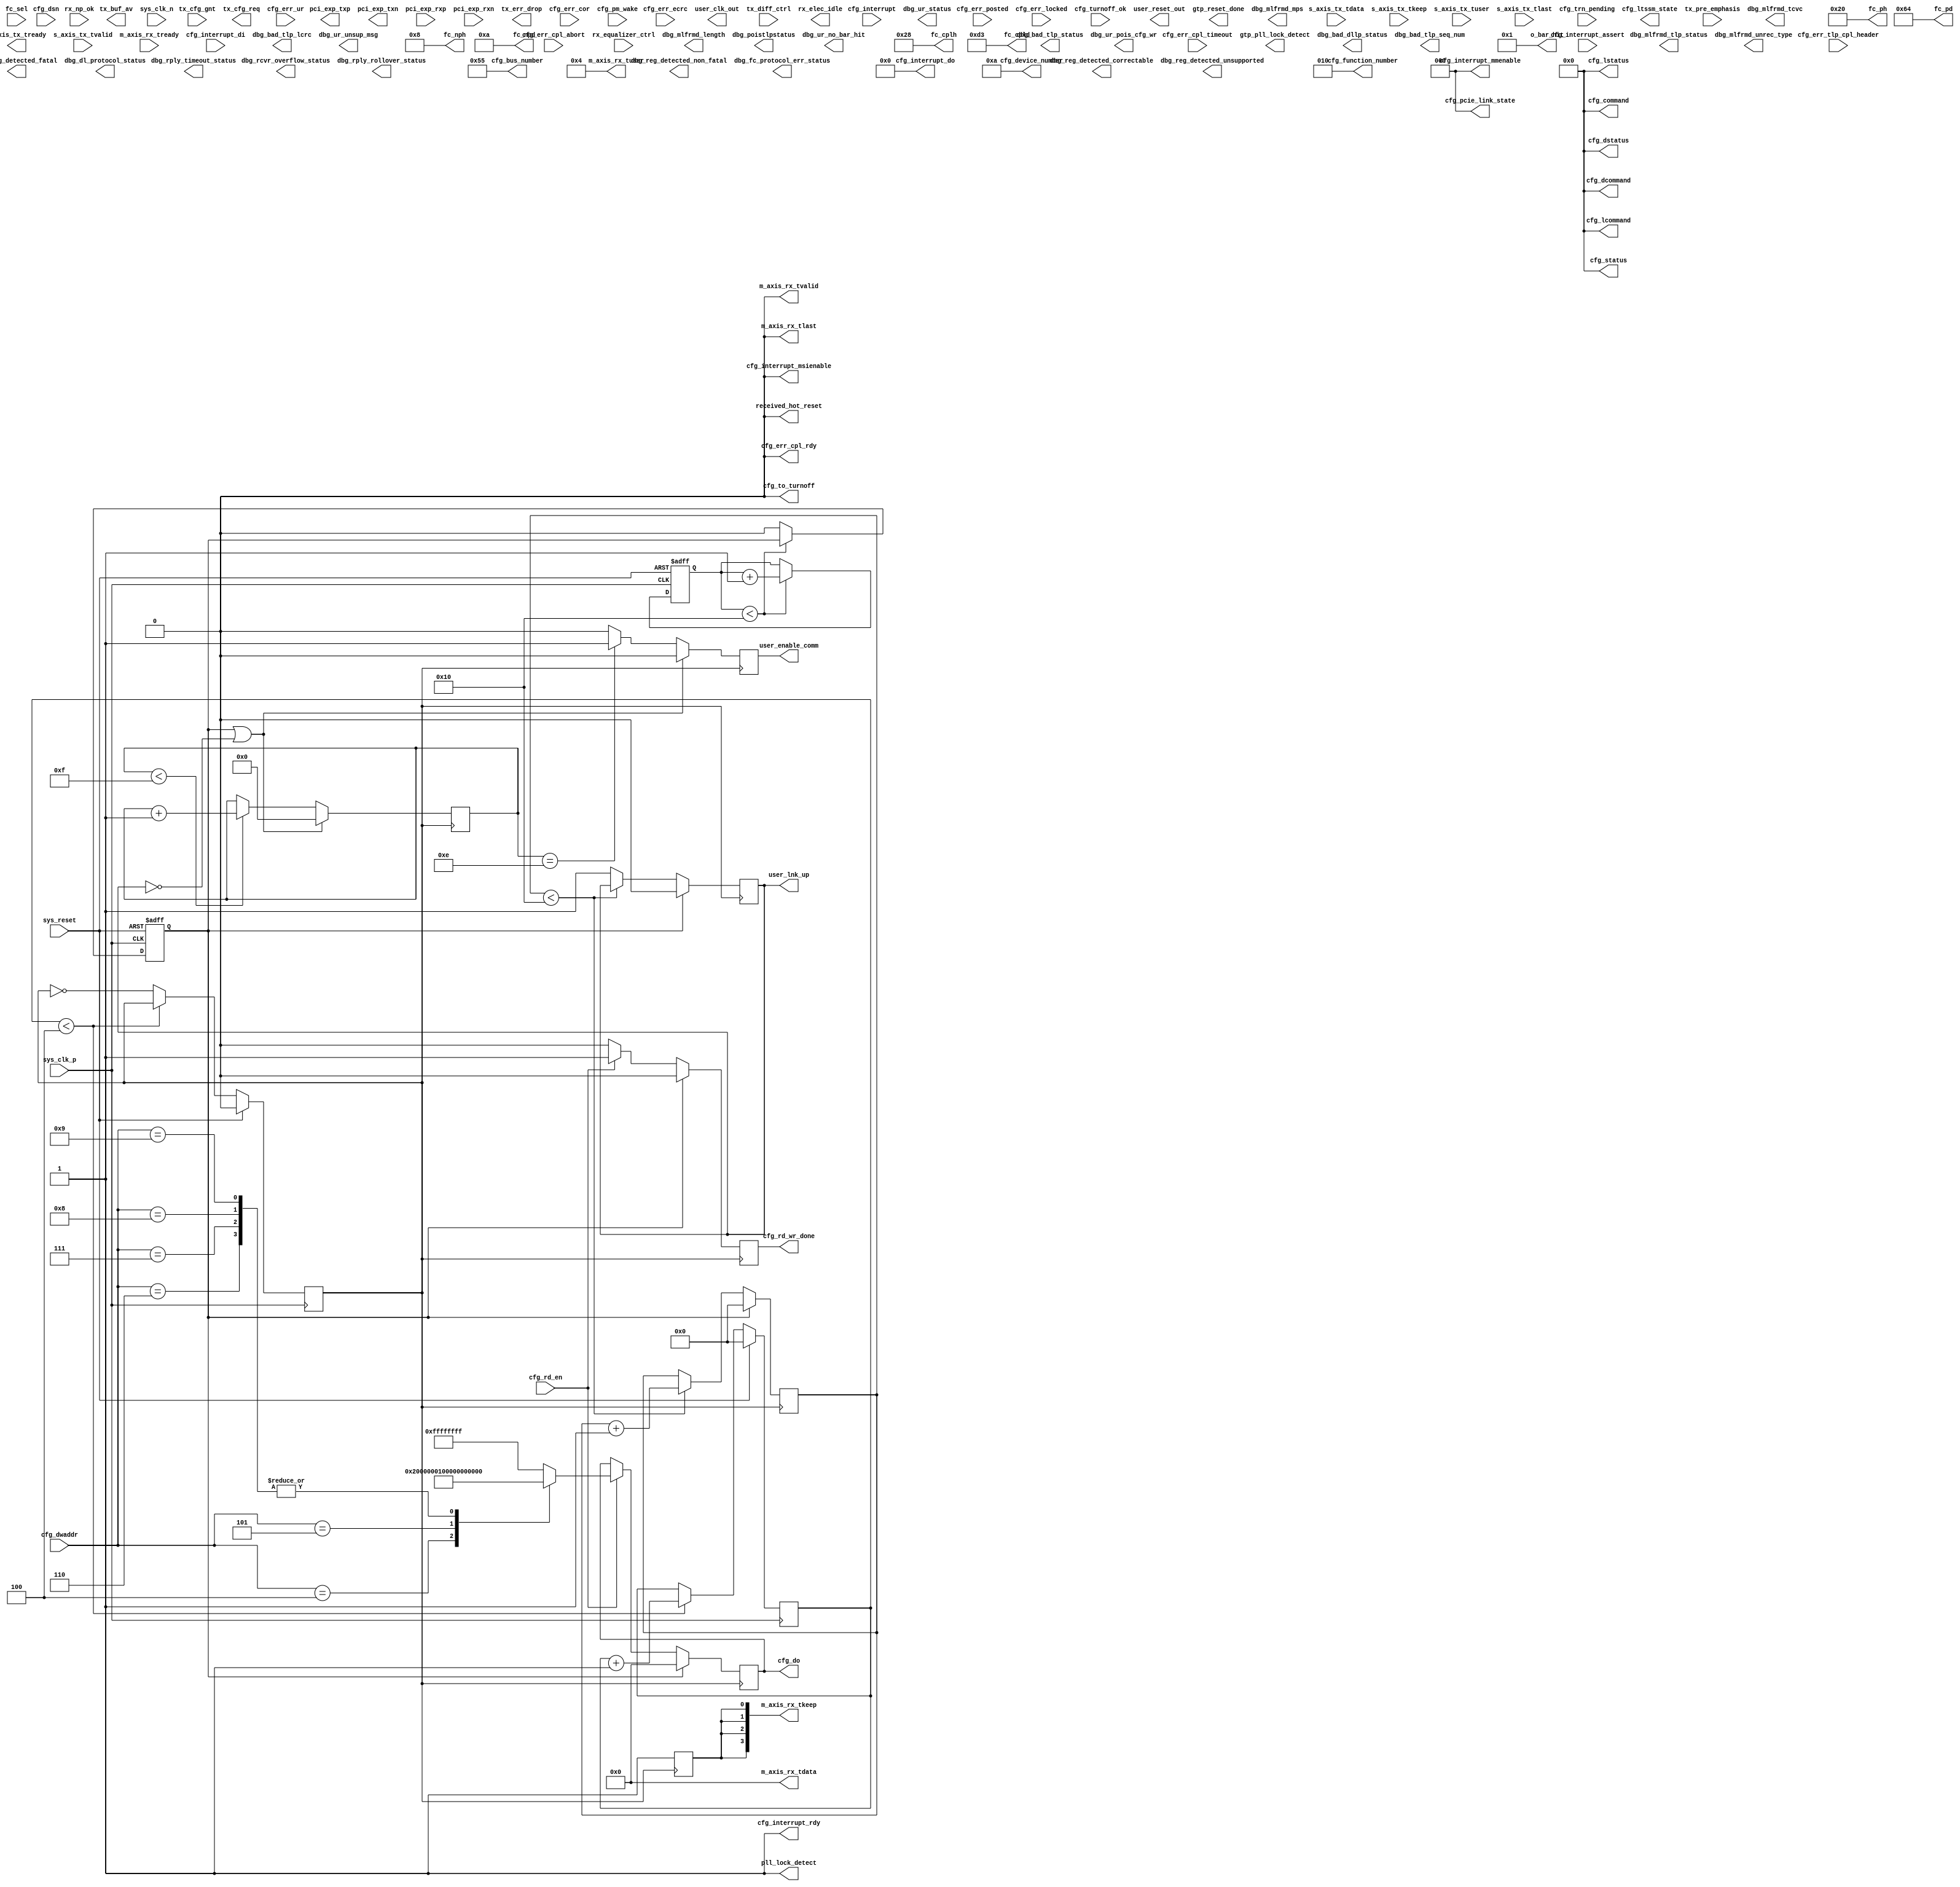
module sim_pcie_axi_bridge #(
  parameter PCIE_BUS_NUM                              = 8'h55,
  parameter PCIE_DEV_NUM                              = 5'hA,
  parameter PCIE_FUN_NUM                              = 3'h2,
  parameter USR_CLK_DIVIDE                            = 4,
  parameter   [6:0] VC0_TOTAL_CREDITS_PH              = 32,
  parameter  [10:0] VC0_TOTAL_CREDITS_PD              = 211,
  parameter   [6:0] VC0_TOTAL_CREDITS_NPH             = 8,
  parameter   [6:0] VC0_TOTAL_CREDITS_CH              = 40,
  //parameter   [6:0] VC0_TOTAL_CREDITS_CH              = 9,
  parameter  [10:0] VC0_TOTAL_CREDITS_CD              = 211
)(
  // PCI Express Fabric Interface
  output                    pci_exp_txp,  //Not Applicable
  output                    pci_exp_txn,  //Not Applicable
  input                     pci_exp_rxp,  //Not Applicable
  input                     pci_exp_rxn,  //Not Applicable
  // Transaction (TRN) Interface
  output  reg               user_lnk_up,  //Finished
  // Tx
  output  reg               s_axis_tx_tready, //SIM: Not Finished
  input       [31:0]        s_axis_tx_tdata,  //SIM: Not Finished
  input       [3:0]         s_axis_tx_tkeep,  //SIM: Not Finished
  input       [3:0]         s_axis_tx_tuser,  //SIM: Not Finished
  input                     s_axis_tx_tlast,  //SIM: Not Finished
  input                     s_axis_tx_tvalid, //SIM: Not Finished
  output  reg [5:0]         tx_buf_av,
  output  reg               tx_err_drop,
  input                     tx_cfg_gnt,
  output  reg               tx_cfg_req,
  output  reg               user_enable_comm, //SIM: Not Finished
  // Rx
  output  reg [31:0]        m_axis_rx_tdata = 32'h00000000,
  output  reg [3:0]         m_axis_rx_tkeep = 4'b1111,
  output  reg               m_axis_rx_tlast = 1'b0,
  output  reg               m_axis_rx_tvalid = 1'b0,
  input                     m_axis_rx_tready,
  output      [21:0]        m_axis_rx_tuser,
  input                     rx_np_ok,         //SIM: Not Finished
  // Flow Control
  input       [2:0]         fc_sel,
  output      [7:0]         fc_nph,
  output      [11:0]        fc_npd,
  output      [7:0]         fc_ph,
  output      [11:0]        fc_pd,
  output      [7:0]         fc_cplh,
  output      [11:0]        fc_cpld,
  // Host (CFG) Interface
  output  reg [31:0]        cfg_do,           //SIM: Finished
  output  reg               cfg_rd_wr_done,   //SIM: Finished
  input       [9:0]         cfg_dwaddr,       //SIM: Finished
  input                     cfg_rd_en,        //SIM: Finished
  // Configuration: Error
  input                     cfg_err_ur,
  input                     cfg_err_cor,
  input                     cfg_err_ecrc,
  input                     cfg_err_cpl_timeout,
  input                     cfg_err_cpl_abort,
  input                     cfg_err_posted,
  input                     cfg_err_locked,
  input      [47:0]         cfg_err_tlp_cpl_header,
  output                    cfg_err_cpl_rdy,
  // Conifguration: Interrupt
  input                     cfg_interrupt,
  output  reg               cfg_interrupt_rdy = 1,
  input                     cfg_interrupt_assert,
  output  reg [7:0]         cfg_interrupt_do  = 0,
  input       [7:0]         cfg_interrupt_di,
  output  reg [2:0]         cfg_interrupt_mmenable = 0,
  output  reg               cfg_interrupt_msienable = 0,
  // Configuration: Power Management
  input                     cfg_turnoff_ok,       //Not Applicable
  output                    cfg_to_turnoff,       //Not Applicable
  input                     cfg_pm_wake,          //Not Applicable
  //Core Controller
  // Configuration: System/Status
  output      [2:0]         cfg_pcie_link_state,  //Not Applicable
  input                     cfg_trn_pending,
  input       [63:0]        cfg_dsn,
  output      [7:0]         cfg_bus_number,
  output      [4:0]         cfg_device_number,
  output      [2:0]         cfg_function_number,
  output      [15:0]        cfg_status,
  output      [15:0]        cfg_command,
  output      [15:0]        cfg_dstatus,
  output      [15:0]        cfg_dcommand,
  output      [15:0]        cfg_lstatus,
  output      [15:0]        cfg_lcommand,
  // System Interface
  input                     sys_clk_p,
  input                     sys_clk_n,
  input                     sys_reset,
  output                    user_clk_out,
  output                    user_reset_out,
  output                    received_hot_reset,
  // Not Finished
  output                    pll_lock_detect,
  output                    gtp_pll_lock_detect,
  output                    gtp_reset_done,
  output      [4:0]         cfg_ltssm_state,
  input       [1:0]         rx_equalizer_ctrl,
  input       [3:0]         tx_diff_ctrl,
  input       [2:0]         tx_pre_emphasis,
  output      [6:0]         o_bar_hit,
  output                    dbg_reg_detected_correctable, //Not Applicable
  output                    dbg_reg_detected_fatal,       //Not Applicable
  output                    dbg_reg_detected_non_fatal,   //Not Applicable
  output                    dbg_reg_detected_unsupported, //Not Applicable
  output                    dbg_bad_dllp_status,          //Not Applicable
  output                    dbg_bad_tlp_lcrc,             //Not Applicable
  output                    dbg_bad_tlp_seq_num,          //Not Applicable
  output                    dbg_bad_tlp_status,           //Not Applicable
  output                    dbg_dl_protocol_status,       //Not Applicable
  output                    dbg_fc_protocol_err_status,   //Not Applicable
  output                    dbg_mlfrmd_length,            //Not Applicable
  output                    dbg_mlfrmd_mps,               //Not Applicable
  output                    dbg_mlfrmd_tcvc,              //Not Applicable
  output                    dbg_mlfrmd_tlp_status,        //Not Applicable
  output                    dbg_mlfrmd_unrec_type,        //Not Applicable
  output                    dbg_poistlpstatus,            //Not Applicable
  output                    dbg_rcvr_overflow_status,     //Not Applicable
  output                    dbg_rply_rollover_status,     //Not Applicable
  output                    dbg_rply_timeout_status,      //Not Applicable
  output                    dbg_ur_no_bar_hit,            //Not Applicable
  output                    dbg_ur_pois_cfg_wr,           //Not Applicable
  output                    dbg_ur_status,                //Not Applicable
  output                    dbg_ur_unsup_msg,             //Not Applicable
  output                    rx_elec_idle
);
assign                pll_lock_detect = 1'b1;
//Local Parameters
localparam            RESET_OUT_TIMEOUT   = 32'h00000010;
localparam            LINKUP_TIMEOUT      = 32'h00000010;
localparam            CONTROL_PACKET_SIZE = 128;
localparam            DATA_PACKET_SIZE    = 512;
localparam            F2_PACKET_SIZE      = 0;
localparam            F3_PACKET_SIZE      = 0;
localparam            F4_PACKET_SIZE      = 0;
localparam            F5_PACKET_SIZE      = 0;
localparam            F6_PACKET_SIZE      = 0;
localparam            F7_PACKET_SIZE      = 0;
localparam            CONTROL_FUNCTION_ID = 0;
localparam            DATA_FUNCTION_ID    = 1;
localparam            F2_ID               = 2;
localparam            F3_ID               = 3;
localparam            F4_ID               = 4;
localparam            F5_ID               = 5;
localparam            F6_ID               = 6;
localparam            F7_ID               = 7;
//Registers/Wires
reg           clk = 0;
reg   [23:0]  r_usr_clk_count;
reg           rst = 0;
reg   [23:0]  r_usr_rst_count;
reg   [23:0]  r_linkup_timeout;
reg   [23:0]  r_mcount;
reg   [23:0]  r_scount;
wire  [23:0]  w_func_size_map [0:7];
wire  [23:0]  w_func_size;
//Submodules
//Asynchronous Logic
assign  pcie_exp_txp              = 0;
assign  pcie_exp_txn              = 0;
//assign  user_clk_out              = clk;
//assign  user_reset_out            = rst;
assign  w_func_size_map[CONTROL_FUNCTION_ID ] = CONTROL_PACKET_SIZE;
assign  w_func_size_map[DATA_FUNCTION_ID    ] = DATA_PACKET_SIZE;
assign  w_func_size_map[F2_ID               ] = F2_PACKET_SIZE;
assign  w_func_size_map[F3_ID               ] = F3_PACKET_SIZE;
assign  w_func_size_map[F4_ID               ] = F4_PACKET_SIZE;
assign  w_func_size_map[F5_ID               ] = F5_PACKET_SIZE;
assign  w_func_size_map[F6_ID               ] = F6_PACKET_SIZE;
assign  w_func_size_map[F7_ID               ] = F7_PACKET_SIZE;
assign  w_func_size               = w_func_size_map[cfg_function_number];
//TODO
assign  received_hot_reset        = 0;
//  input       [2:0]         fc_sel,
assign  fc_nph      = VC0_TOTAL_CREDITS_NPH;
assign  fc_npd      = 10;
assign  fc_ph       = VC0_TOTAL_CREDITS_PH;
assign  fc_pd       = 100;
assign  fc_cplh     = VC0_TOTAL_CREDITS_CH;
assign  fc_cpld     = VC0_TOTAL_CREDITS_CD;
assign  cfg_err_cpl_rdy           = 0;
//assign  cfg_interrupt_rdy         = 0;
//assign  cfg_interrupt_do          = 0;
//assign  cfg_interrupt_mmenable    = 0;
//assign  cfg_interrupt_msienable   = 0;
assign  cfg_to_turnoff            = 0;
assign  cfg_pcie_link_state       = 0;
assign  cfg_status                = 0;
assign  cfg_command               = 0;
assign  cfg_dstatus               = 0;
assign  cfg_dcommand              = 0;
assign  cfg_lstatus               = 0;
assign  cfg_lcommand              = 0;
//Synchronous Logic
//Generate clock
always @ (posedge sys_clk_p) begin
  if (sys_reset) begin
    clk               <=  0;
    r_usr_clk_count   <=  0;
  end
  else begin
    if (r_usr_clk_count < USR_CLK_DIVIDE) begin
      r_usr_clk_count <=  r_usr_clk_count + 1;
    end
    else begin
      clk             <=  ~clk;
    end
  end
end
//Generate Reset Pulse
always @ (posedge sys_clk_p or posedge sys_reset) begin
  if (sys_reset) begin
    rst               <=  1;
    r_usr_rst_count   <=  0;
  end
  else begin
    if (r_usr_rst_count < RESET_OUT_TIMEOUT) begin
      r_usr_rst_count <=  r_usr_rst_count + 1;
    end
    else begin
      rst             <=  0;
    end
  end
end
//Send user a linkup signal
always @ (posedge clk) begin
  if (rst) begin
    r_linkup_timeout    <=  0;
    user_lnk_up         <=  0;
  end
  else begin
    if (r_linkup_timeout < LINKUP_TIMEOUT) begin
      r_linkup_timeout  <=  r_linkup_timeout + 1;
    end
    else begin
      user_lnk_up       <=  1;
    end
  end
end
//Data From PCIE to Core Ggenerator
reg [3:0] dm_state;
localparam  IDLE    = 0;
localparam  READY   = 1;
localparam  WRITE   = 2;
localparam  READ    = 3;
assign  o_bar_hit = 7'h01;
assign  m_axis_rx_tuser   =  {13'h0,
                              o_bar_hit,
                              m_axis_rx_tvalid,
                              1'b0};
assign  cfg_bus_number      = PCIE_BUS_NUM;
assign  cfg_function_number = PCIE_FUN_NUM;
assign  cfg_device_number   = PCIE_DEV_NUM;
always @ (posedge clk) begin
  m_axis_rx_tkeep   <=  4'b1111;
end
/*
always @ (posedge clk) begin
  m_axis_rx_tlast     <=  0;
  m_axis_rx_tvalid    <=  0;
  if (rst) begin
    m_axis_rx_tdata   <=  0;
    dm_state          <=  IDLE;
    m_axis_rx_tkeep   <=  4'b1111;
    r_mcount          <=  0;
  end
  else begin
    //m_axis_rx_tready
    //rx_np_ok
    case (dm_state)
      IDLE: begin
        r_mcount        <=  0;
        dm_state        <=  READY;
        m_axis_rx_tdata <=  0;
      end
      READY: begin
        if (m_axis_rx_tready) begin
          dm_state          <=  WRITE;
        end
      end
      WRITE: begin
        if (m_axis_rx_tvalid) begin
          m_axis_rx_tdata   <=  m_axis_rx_tdata + 1;
        end
        if (r_mcount < w_func_size_map[cfg_function_number]) begin
          m_axis_rx_tvalid  <=  1;
          if (r_mcount >= (w_func_size_map[cfg_function_number] - 1)) begin
            m_axis_rx_tlast <=  1;
          end
          r_mcount          <=  r_mcount + 1;
        end
        else begin
          dm_state          <=  IDLE;
        end
      end
      default: begin
      end
    endcase
  end
end
*/
//Linkup
reg prev_user_lnk_up;
reg [3:0] linkup_count;
always @ (posedge clk) begin
  user_enable_comm    <=  0;
  if (rst || !user_lnk_up) begin
    linkup_count      <=  0;
  end
  else begin
    if (linkup_count < 4'hF) begin
      linkup_count    <=  linkup_count + 1;
    end
    if (linkup_count == 4'hE) begin
      user_enable_comm  <=  1;
    end
  end
end
//Configuration Read
always @ (posedge clk) begin
  cfg_rd_wr_done    <=  0;
  if (rst) begin
    cfg_do          <=  0;
  end
  else begin
    if (cfg_rd_en) begin
      cfg_rd_wr_done  <=  1;
      case (cfg_dwaddr)
        4: cfg_do           <=  32'h00000200;
        5: cfg_do           <=  32'h00001000;
        6: cfg_do           <=  32'h00000000;
        7: cfg_do           <=  32'h00000000;
        8: cfg_do           <=  32'h00000000;
        9: cfg_do           <=  32'h00000000;
        default: cfg_do     <=  32'hFFFFFFFF;
      endcase
    end
  end
end
//AXI Data D2H
//Data From Core to PCIE Reader
/*
reg [3:0] ds_state;
always @ (posedge clk) begin
  s_axis_tx_tready  <=  0;
  if (rst) begin
    //s_axis_tx_tdata
    //s_axis_tx_tkeep
    //s_axis_tx_tuser
    //s_axis_tx_tlast
    //s_axis_tx_tvalid
    tx_buf_av       <=  0;
    tx_err_drop     <=  0;
    //tx_cfg_gnt      <=  0;
    tx_cfg_req      <=  0;
    ds_state        <=  IDLE;
    r_scount        <=  0;
  end
  else begin
    case (ds_state)
      IDLE: begin
        r_scount    <=  0;
        ds_state    <=  READ;
      end
      READ: begin
        if (s_axis_tx_tvalid && (r_scount < w_func_size_map[cfg_function_number])) begin
          s_axis_tx_tready    <=  1;
        end
        else begin
          ds_state  <=  IDLE;
        end
      end
      default: begin
      end
    endcase
  end
end
*/
endmodule